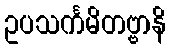
ဥပသင်္ကမိတဗ္ဗာနိ